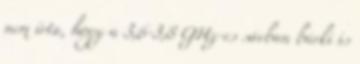
nem írta, hogy a 3,6-3,8 GHz-es sávban bárki is